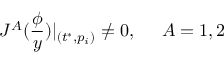
J ^ { A } ( \frac \phi y ) | _ { ( t ^ { * } , p _ { i } ) } \neq 0 , \; \; \; \; \; A = 1 , 2